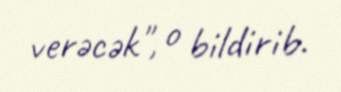
verəcək", o bildirib.